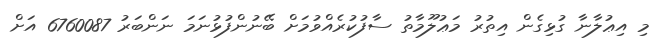
މި އިޢުލާނާ ގުޅިގެން އިތުރު މަޢުލޫމާތު ސާފުކުރެއްވުމަށް ބޭނުންފުޅުނަމަ ނަންބަރު 6760087 އަށް